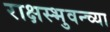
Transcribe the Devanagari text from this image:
राक्षस्भुवन्च्या